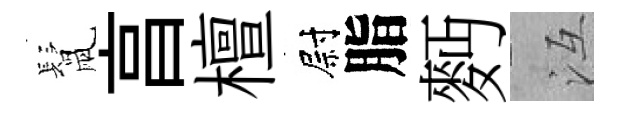
鬛亯檀尉脂麪冱